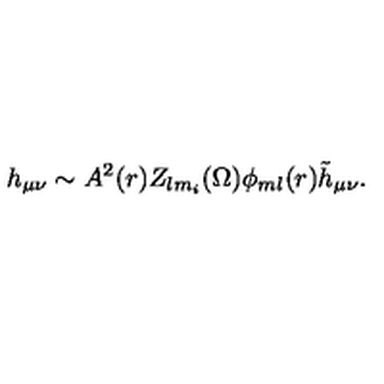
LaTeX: h _ { \mu \nu } \sim A ^ { 2 } ( r ) Z _ { l m _ { i } } ( \Omega ) \phi _ { m l } ( r ) { \tilde { h } } _ { \mu \nu } .